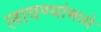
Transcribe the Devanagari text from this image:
लावण्यांमध्ये